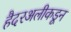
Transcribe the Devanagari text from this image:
हैदरअलीकडून